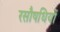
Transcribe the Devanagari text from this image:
रसौषधियों